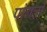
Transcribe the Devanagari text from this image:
पांगळी